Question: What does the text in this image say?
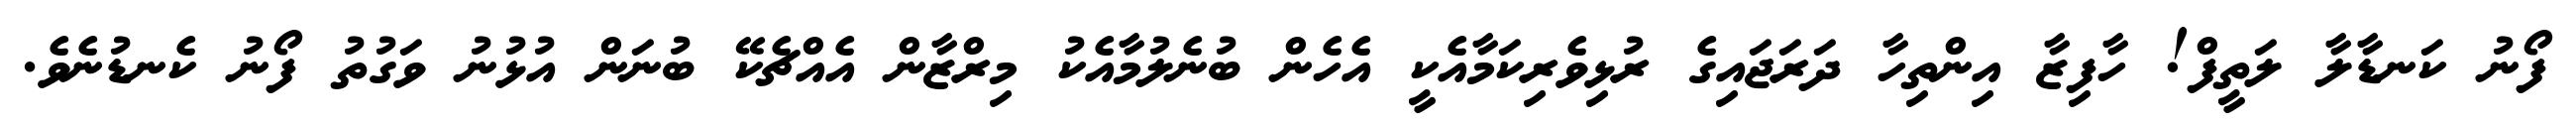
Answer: ފޯނު ކަނޑާލާ ލަތީފް! ހާފިޒާ އިންތިހާ ދަރަޖައިގެ ރުޅިވެރިކަމާއެކީ އެހެން ބުނެލުމާއެކު މިރްޒާން އެއްޗެކޭ ބުނަން އުޅުނު ވަގުތު ފޯނު ކެނޑުނެވެ.